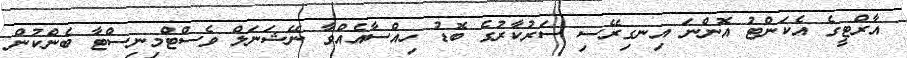
އާރްޓީގެ އެކަންޓު އޮންނަ އިނގިރޭސި ސަރުކާރުގެ ބޮޑު ހިއްސާއެއްވާ ނޭޝަނަލް ވެސްޓްމިނިސްޓާ ބެންކުން